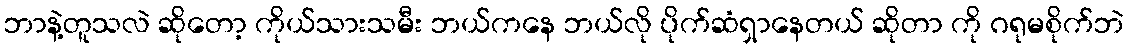
ဘာနဲ့တူသလဲ ဆိုတော့ ကိုယ်သားသမီး ဘယ်ကနေ ဘယ်လို ပိုက်ဆံရှာနေတယ် ဆိုတာ ကို ဂရုမစိုက်ဘဲ